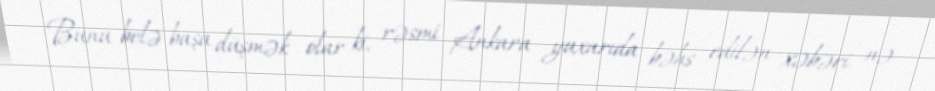
Bunu belə başa düşmək olar ki, rəsmi Ankara yuxarıda bəhs edilən xəbəri nə